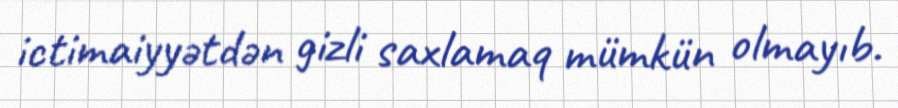
ictimaiyyətdən gizli saxlamaq mümkün olmayıb.